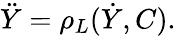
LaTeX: \ddot{Y}=\rho_{L}(\dot{Y},C).